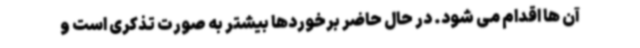
آن ها اقدام می شود. در حال حاضر برخوردها بیشتر به صورت تذکری است و